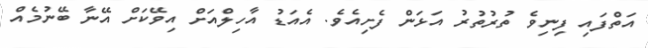
އަތްފައި ފިނިވެ ތުރުތުރު އަޅަން ފެށިއެވެ. އެއަޑު އާހިލްއަށް އިވޭކަށް އޭނާ ބޭނުމެއް